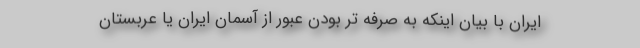
ایران با بیان اینکه به صرفه تر بودن عبور از آسمان ایران یا عربستان